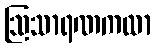
ဩသာရဏကထာ